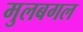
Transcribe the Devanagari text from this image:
मुलबगल